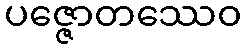
ပဇ္ဇောတဿေဝ